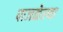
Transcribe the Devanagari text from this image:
पाजळेल्या